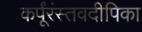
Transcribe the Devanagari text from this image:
कर्पूंरंस्तवदीपिका